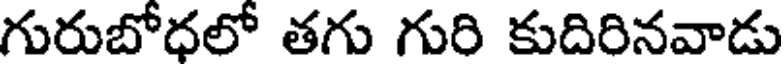
గురుబోధలో తగు గురి కుదిరినవాడు